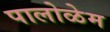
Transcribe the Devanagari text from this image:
पालोळेम